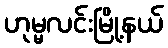
ဟုမ္မလင်းမြို့နယ်